system: You are a helpful assistant.
user:
Analyze the provided spectrum to determine if it is a **Carbon Star (C-type)**.

- **Key Visual Indicators of Carbon Star:**
    - **(Primary):** Strong molecular absorption from **C₂ (diatomic carbon) "Swan Bands."** This is the **defining feature** of a carbon star.
        - **(Key Bandheads):** Sharp absorption edges are visible at approximately $5635$ Å, $5165$ Å (the strongest band), and $4737$ Å.
        - **(Line Profile):** Creates a distinct **"saw-tooth"** pattern. The key morphology is a sharp, steep bandhead on the **red (long-wavelength) side**, which then gradually tapers off (i.e., flux recovers) towards the **blue (short-wavelength) side**. *(This is the direct opposite of the TiO bands seen in M-type stars)*.

    - **(Secondary):** Intense **CN (cyanogen)** molecular absorption bands.
        - **(Key Bandheads):** Located in the blue and violet regions of the spectrum (e.g., near $4215$ Å and $3883$ Å).
        - **(Morphology):** These bands are extremely broad and act as a "blanket," absorbing the vast majority of blue and violet light. This creates a characteristic **"cliff"** or **"steep drop-off"** in the spectrum's flux at short wavelengths.

    - **(Key Confirmation):** Strong **CH absorption band (G-band)**.
        - **(Key Bandhead):** Located around $4300$ Å. The contribution from CH molecules to this band is exceptionally strong.

    - **(Overall Spectrum):**
        - The continuum is severely "chopped up" by these deep molecular bands, especially C₂, rather than appearing as a smooth curve.
        - Due to the heavy CN and C₂ absorption in the blue-green, the vast majority of the star's flux is concentrated in the red part of the spectrum, giving the star its characteristic deep red color.

Think first, call **spectral_visualization_tool** if needed to examine features in detail, then provide your final answer. Your response must adhere to the following strict rules:
1.  **Overall Structure:** Your response must follow the format `<think>...</think> <tool_call>...</tool_call> (if a tool is used) <answer>...</answer>`.
2.  **Tool Usage Constraint:** You may only make **one** tool call per turn.
3.  **Final Answer Format:** In the `<answer>` tag, your conclusion must be inside a `\boxed{}` command (e.g., `\boxed{YES}`), followed by your justification.

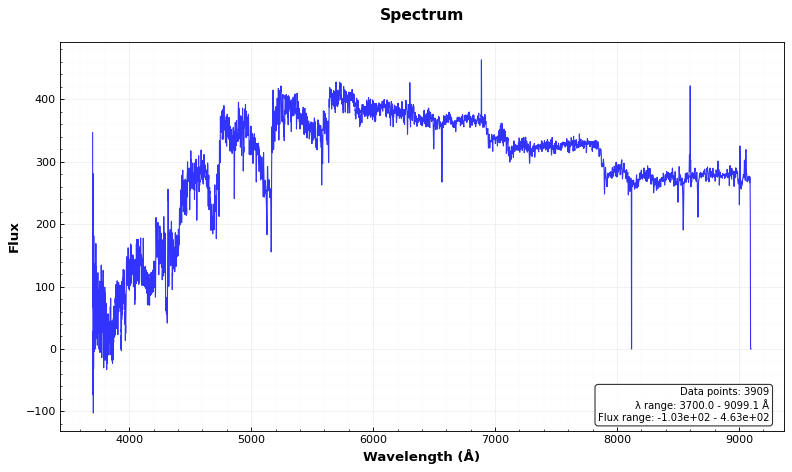
Answer: YES